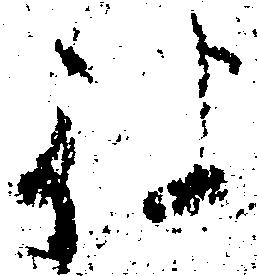
被